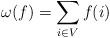
LaTeX: \begin{align*}\omega(f) = \sum_{i \in V}{f(i)}\end{align*}